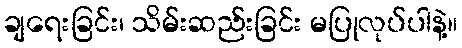
ချရေးခြင်း၊ သိမ်းဆည်းခြင်း မပြုလုပ်ပါနဲ့။